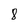
Character: 8